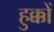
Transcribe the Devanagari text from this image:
हुक्कों